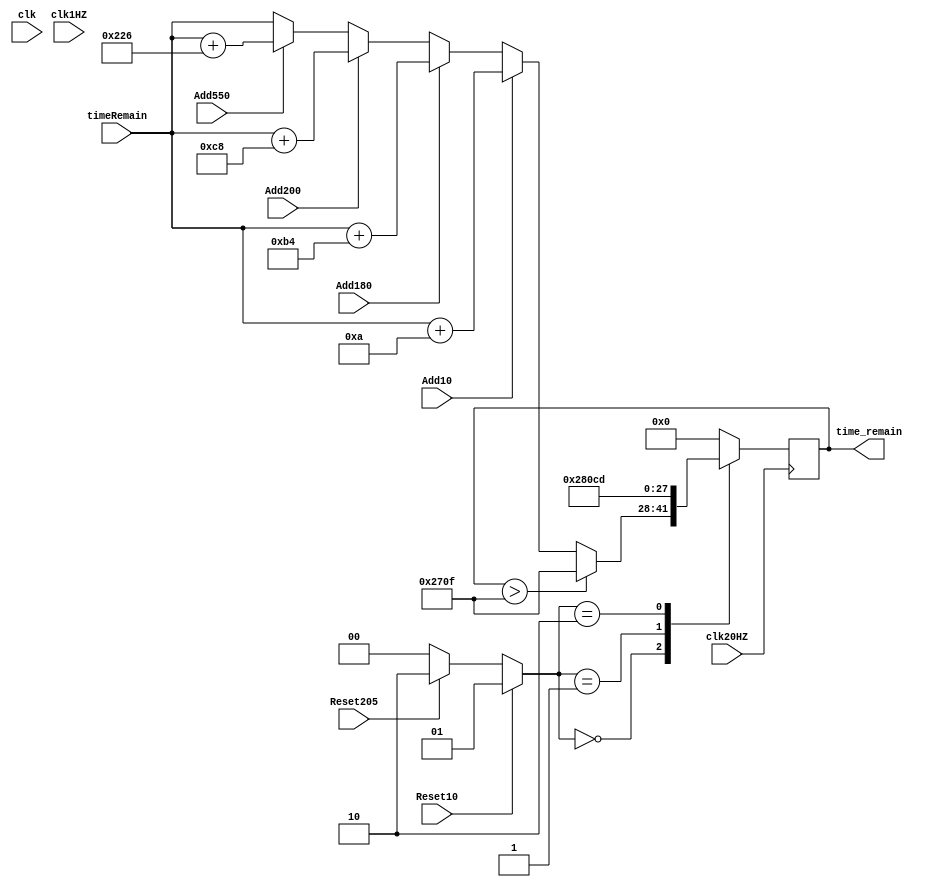
module Adder (clk, clk20HZ, clk1HZ, Add10, Add180, Add200, Add550, Reset10, Reset205, timeRemain, time_remain);
input clk, clk20HZ, clk1HZ, Add10, Add180, Add200, Add550, Reset10, Reset205;
input [13:0] timeRemain;
output reg [13:0] time_remain;
reg [1:0] CurrentState;
reg [1:0] NextState;
reg [1:0] State;

initial begin
time_remain = 0;
CurrentState = 0;
NextState = 0;
State = 0;
end


always @(posedge clk20HZ)
begin
State <= NextState;
end

always@(*)
begin
case (CurrentState)
2'b00: begin 
        if (Reset10)
		NextState = 2'b01;
		else if(Reset205)
		NextState = 2'b10;
		else NextState = 2'b00;
	  end
2'b01: begin
        if (~Reset10)
		NextState = 2'b00;
		else NextState = 2'b01;
	  end
2'b10: begin
        if (~Reset205)
		NextState = 2'b00;
		else NextState = 2'b10;
	  end
default: NextState = 2'b00;
endcase
end

always@(posedge clk20HZ)
begin
    case (NextState)
	2'b00: begin
	       if (time_remain > 9999)
		   time_remain <= 9999;
		   else begin
	            if (Add10)
                time_remain <= timeRemain + 10;
		        else if (Add180)
		        time_remain <= timeRemain + 180;
		        else if (Add200)
		        time_remain <= timeRemain + 200;
		        else if (Add550)
		        time_remain <= timeRemain + 550;
				else time_remain <= timeRemain;
		        end
		   end
	2'b01: time_remain <= 10;
	2'b10: time_remain <= 205;
	default: time_remain <= 0;
	endcase
end
endmodule